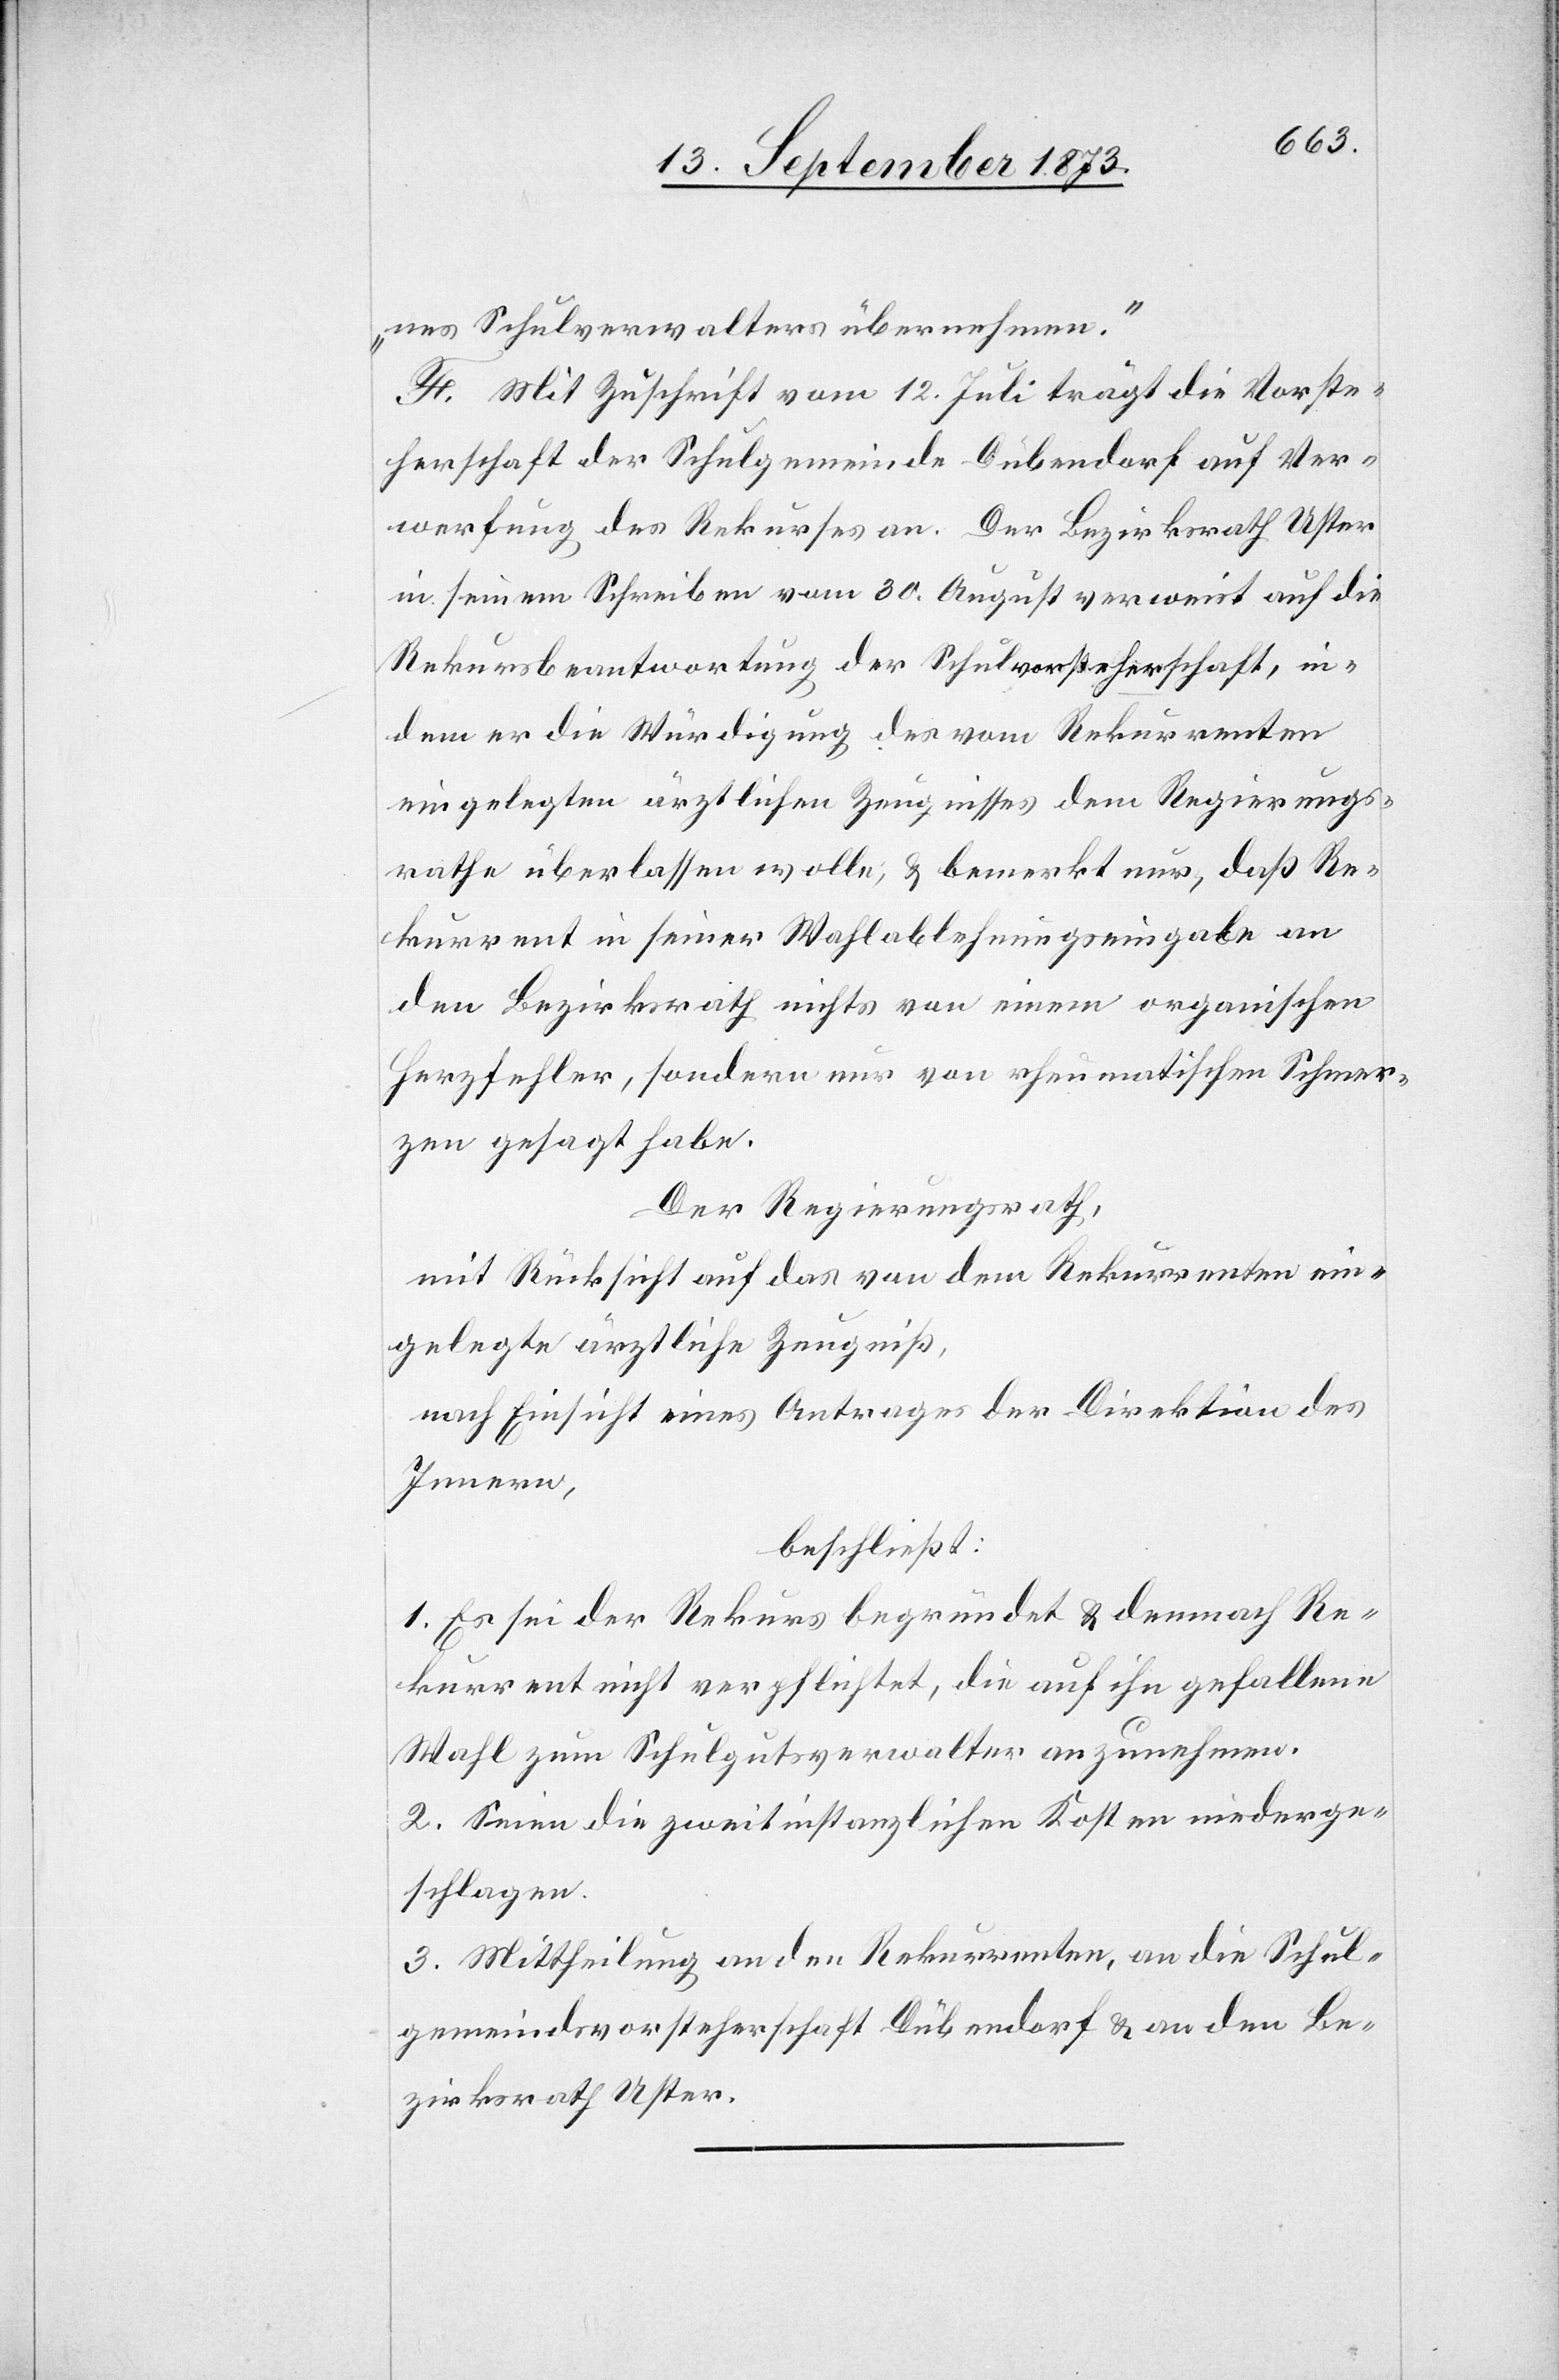
nes Schulverwalters übernehmen.“
F. Mit Zuschrift vom 12. Juli trägt die Vorste¬
herschaft der Schulgemeinde Dübendorf auf Ver¬
werfung des Rekurses an. Der Bezirksrath Uster
in seinem Schreiben vom 30. August verweist auf die
Rekursbeantwortung der Schulvorsteherschaft, in¬
dem er die Würdigung des vom Rekurrenten
eingelegten ärztlichen Zeugnisses dem Regierungs¬
rathe überlassen wolle, & bemerkt nur, daß Re¬
kurrent in seiner Wahlablehnungseingabe an
den Bezirksrath nichts von einem organischen
Herzfehler, sondern nur von rheumatischen Schmer¬
zen gesagt habe.
Der Regierungsrath,
mit Rücksicht auf das von dem Rekurrenten ein¬
gelegte ärztliche Zeugniß,
nach Einsicht eines Antrages der Direktion des
Innern,
beschließt:
1. Es sei der Rekurs begründet & demnach Re¬
kurrent nicht verpflichtet, die auf ihn gefallene
Wahl zum Schulgutsverwalter anzunehmen.
2. Seien die zweitinstanzlichen Kosten niederge¬
schlagen.
3. Mittheilung an den Rekurrenten, an die Schul¬
gemeindsvorsteherschaft Dübendorf & an den Be¬
zirksrath Uster.